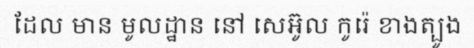
ដែល មាន មូលដ្ឋាន នៅ សេអ៊ូល កូរ៉េ ខាងត្បូង